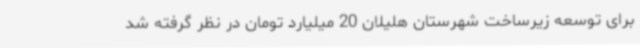
برای توسعه زیرساخت شهرستان هلیلان 20 میلیارد تومان در نظر گرفته شد